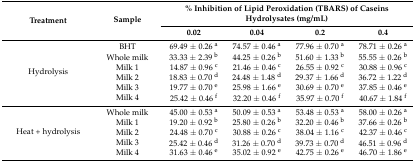
| <ROWSPAN=2> Treatment | <ROWSPAN=2> Sample | <COLSPAN=4> % Inhibition of Lipid Peroxidation (TBARS) of Caseins Hydrolysates (mg/mL) |
 | 0.02 | 0.04 | 0.2 | 0.4 |
 | --- | --- | --- | --- | --- | --- |
 | <ROWSPAN=6> Hydrolysis | BHT | 69.49 ± 0.26 a | 74.57 ± 0.46 a | 77.96 ± 0.70 a | 78.71 ± 0.26 a |
 | Whole milk | 33.33 ± 2.39 b | 44.25 ± 0.26 b | 51.60 ± 1.33 b | 55.55 ± 0.26 b |
 | Milk 1 | 14.87 ± 0.96 c | 21.46 ± 0.46 c | 26.55 ± 0.92 c | 30.88 ± 0.96 c |
 | Milk 2 | 18.83 ± 0.70 d | 24.48 ± 1.48 d | 29.37 ± 1.66 d | 36.72 ± 1.22 d |
 | Milk 3 | 19.77 ± 0.70 e | 25.98 ± 1.66 e | 30.69 ± 0.70 e | 37.85 ± 0.46 e |
 | Milk 4 | 25.42 ± 0.46 f | 32.20 ± 0.46 f | 35.97 ± 0.70 f | 40.67 ± 1.84 f |
 | <ROWSPAN=5> Heat + hydrolysis | Whole milk | 45.00 ± 0.53 a | 50.09 ± 0.53 a | 53.48 ± 0.53 a | 58.00 ± 0.26 a |
 | Milk 1 | 19.20 ± 0.92 b | 25.80 ± 0.26 b | 32.20 ± 0.46 b | 37.66 ± 0.26 b |
 | Milk 2 | 24.48 ± 0.70 c | 30.88 ± 0.26 c | 38.04 ± 1.16 c | 42.37 ± 0.46 c |
 | Milk 3 | 25.42 ± 0.46 d | 31.26 ± 0.70 d | 39.73 ± 0.70 d | 46.51 ± 0.96 d |
 | Milk 4 | 31.63 ± 0.46 e | 35.02 ± 0.92 e | 42.75 ± 0.26 e | 46.70 ± 1.86 e |